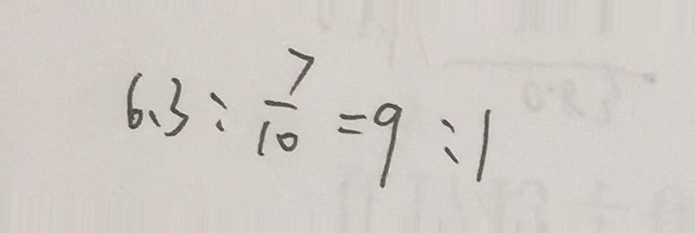
6 . 3 : \frac { 7 } { 1 0 } = 9 : 1